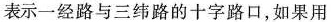
表示一经路与三纬路的十字路口，如果用